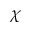
\chi